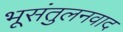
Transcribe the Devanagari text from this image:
भूसंतुलनवाद